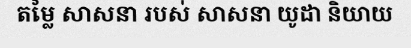
តម្លៃ សាសនា របស់ សាសនា យូដា និយាយ